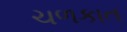
ચળકાત